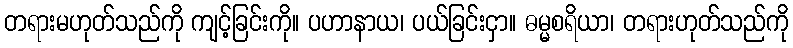
တရားမဟုတ်သည်ကို ကျင့်ခြင်းကို။ ပဟာနာယ၊ ပယ်ခြင်းငှာ။ ဓမ္မစရိယာ၊ တရားဟုတ်သည်ကို